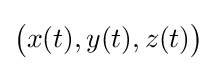
{\bigl (}x(t),y(t),z(t){\bigr )}